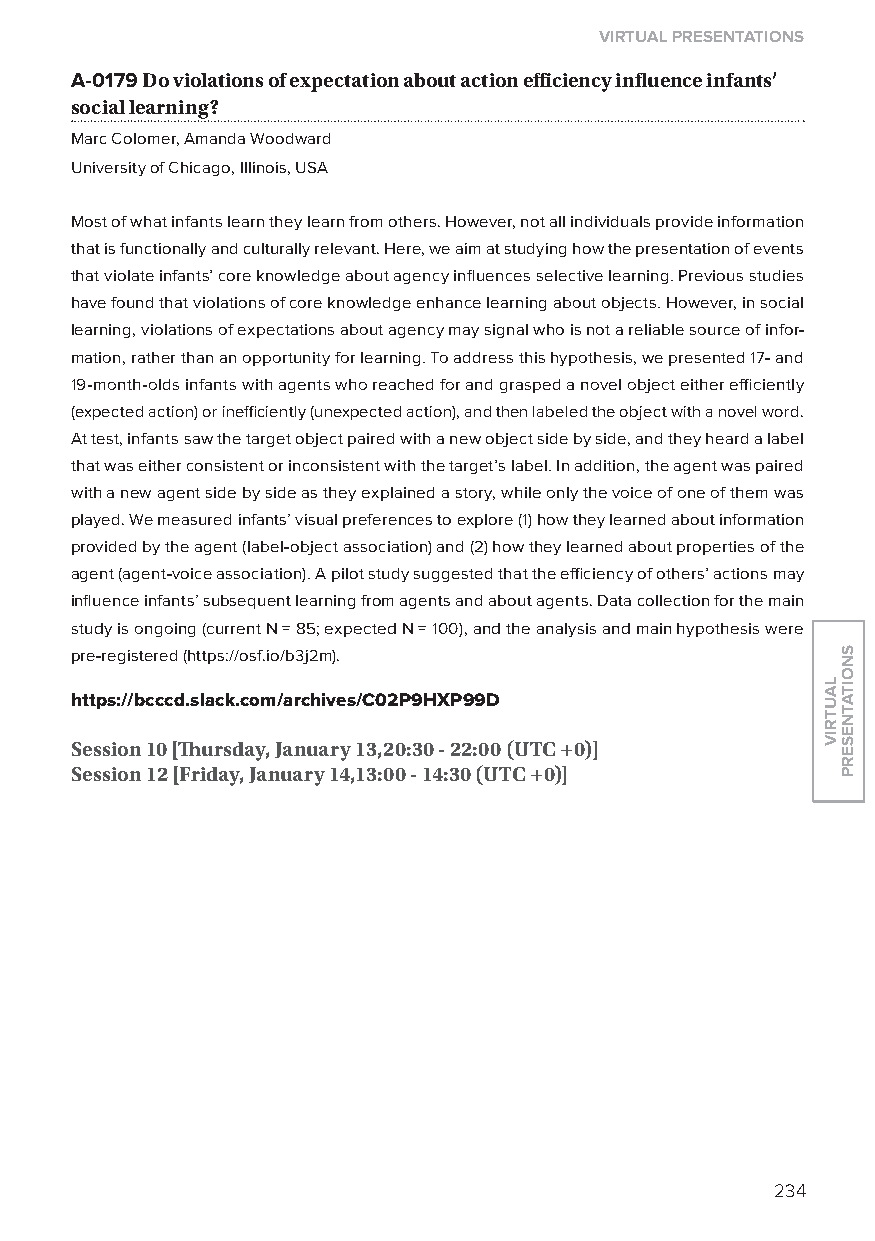
virtual presentations
 A-0179 Do violations of expectation about action efficiency influence infants’
 social learning?
 Marc Colomer, Amanda Woodward
 University of Chicago, Illinois, USA
 Most of what infants learn they learn from others. However, not all individuals provide information
 that is functionally and culturally relevant. Here, we aim at studying how the presentation of events
 that violate infants’ core knowledge about agency influences selective learning. Previous studies
 have found that violations of core knowledge enhance learning about objects. However, in social
 learning, violations of expectations about agency may signal who is not a reliable source of infor-
 mation, rather than an opportunity for learning. To address this hypothesis, we presented 17- and
 19-month-olds infants with agents who reached for and grasped a novel object either efficiently
 (expected action) or inefficiently (unexpected action), and then labeled the object with a novel word.
 At test, infants saw the target object paired with a new object side by side, and they heard a label
 that was either consistent or inconsistent with the target’s label. In addition, the agent was paired
 with a new agent side by side as they explained a story, while only the voice of one of them was
 played. We measured infants’ visual preferences to explore (1) how they learned about information
 provided by the agent (label-object association) and (2) how they learned about properties of the
 agent (agent-voice association). A pilot study suggested that the efficiency of others’ actions may
 influence infants’ subsequent learning from agents and about agents. Data collection for the main
 study is ongoing (current N = 85; expected N = 100), and the analysis and main hypothesis were
 pre-registered (https://osf.io/b3j2m).
 https://bcccd.slack.com/archives/C02p9hXp99d
 session 10 [Thursday, January 13,20:30 - 22:00 (utC +0)]
 session 12 [friday, January 14,13:00 - 14:30 (utC +0)]
 234
 lautriv
 snoitatneserp